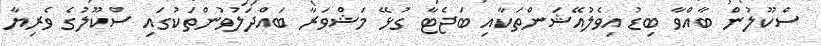
ސްކޫލުން ބާއްވާ ބިޑު އިވެލުއޭޝަންތަކާއި ބަޖެޓާ ގުޅޭ މަޝްވަރާ ބައްދަލުވުންތަކުގައި ސްކޫލުގެ ވެރިޔާ